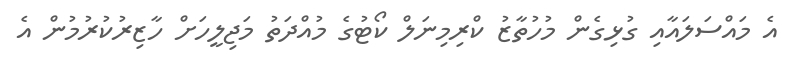
އެ މައްސަލައާއި ގުޅިގެން މުހުތާޒު ކްރިމިނަލް ކޯޓުގެ މުއްދަތު މަޖިލީހަށް ހާޒިރުކުރުމުން އެ